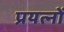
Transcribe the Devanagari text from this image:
प्रयत्‍नों